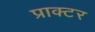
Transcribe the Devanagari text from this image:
प्राक्टर